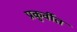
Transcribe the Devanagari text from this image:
प्रकुर्वीत